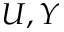
U , Y